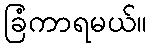
ခြံကာရမယ်။